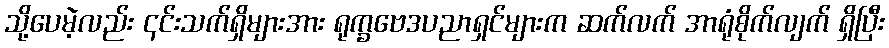
သို့ပေမဲ့လည်း ၎င်းသက်ရှိများအား ရုက္ခဗေဒပညာရှင်များက ဆက်လက် အာရုံစိုက်လျက် ရှိပြီး